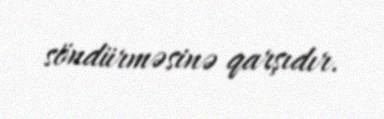
söndürməsinə qarşıdır.